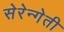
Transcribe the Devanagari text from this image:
सेरेन्गेती